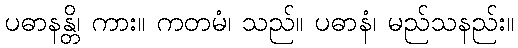
ပဓာနန္တိ၊ ကား။ ကတမံ၊ သည်။ ပဓာနံ၊ မည်သနည်း။